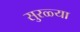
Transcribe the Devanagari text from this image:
सुरळ्या